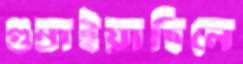
গুম্‌রাইয়াছিলে